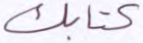
كتابك